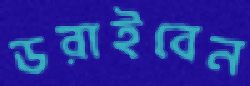
ডরাইবেন